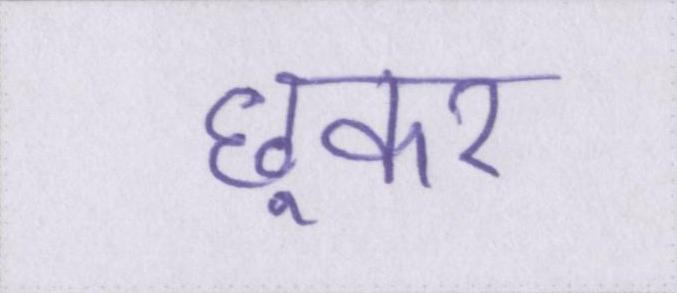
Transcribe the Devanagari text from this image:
छूकर